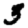
Digit: 3